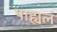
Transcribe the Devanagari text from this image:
पाह्यलं